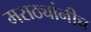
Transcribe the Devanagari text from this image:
मराठ्यांनीच